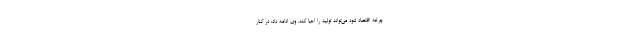
چرخه اقتصاد شود می‌تواند تولید را احیا کند. وی ادامه داد: در کنار